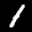
Label: 1